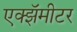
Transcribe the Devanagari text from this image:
एक्झॅमीटर